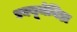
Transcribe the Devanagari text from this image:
एक्यूमेनिडा